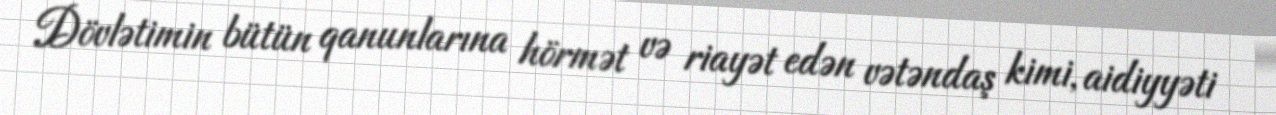
Dövlətimin bütün qanunlarına hörmət və riayət edən vətəndaş kimi, aidiyyəti